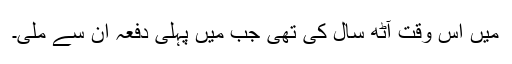
میں اس وقت آٹھ سال کی تھی جب میں پہلی دفعہ ان سے ملی۔